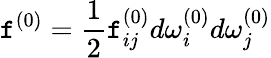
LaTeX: \mathtt{f}^{(0)}=\frac{{1}}{{2}}\mathtt{f}_{ij}^{(0)}d\omega_{i}^{(0)}d\omega_{j}^{(0)}